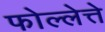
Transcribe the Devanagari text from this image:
फोल्लेत्ते